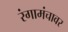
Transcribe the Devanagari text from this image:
रंगामंचावर